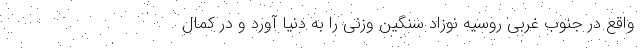
واقع در جنوب غربی روسیه نوزاد سنگین وزنی را به دنیا آورد و در کمال